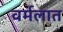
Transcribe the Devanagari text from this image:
वर्मलात